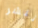
ننشر